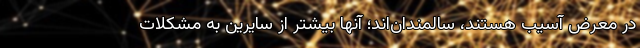
در معرض آسیب هستند، سالمندان‌اند؛ آنها بیشتر از سایرین به مشکلات